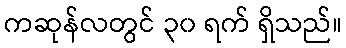
ကဆုန်လတွင် ၃၀ ရက် ရှိသည်။